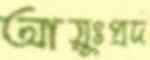
আয়ুঃপ্রদ